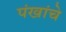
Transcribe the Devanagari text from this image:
पंखांचे